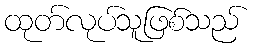
ထုတ်လုပ်သူဖြစ်သည်